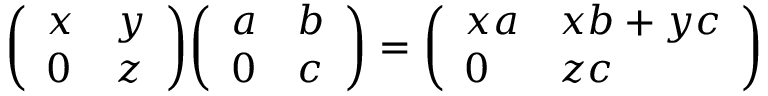
{ \left( \begin{array} { l l } { x } & { y } \\ { 0 } & { z } \end{array} \right) } { \left( \begin{array} { l l } { a } & { b } \\ { 0 } & { c } \end{array} \right) } = { \left( \begin{array} { l l } { x a } & { x b + y c } \\ { 0 } & { z c } \end{array} \right) }